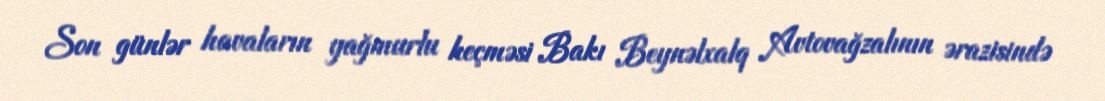
Son günlər havaların yağmurlu keçməsi Bakı Beynəlxalq Avtovağzalının ərazisində